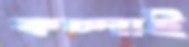
কচ্‌লাই